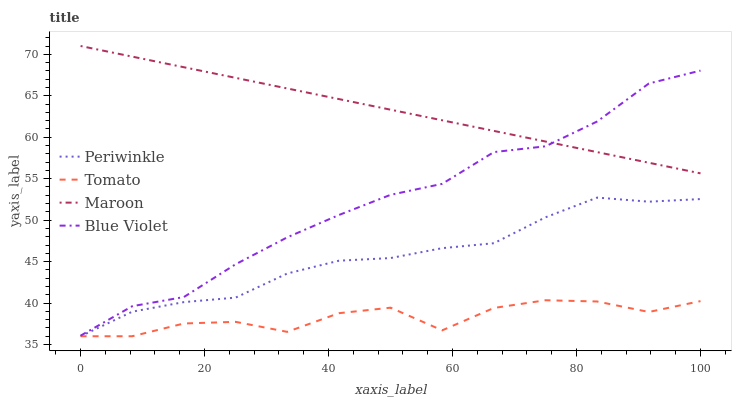
| xaxis_label | Periwinkle | Tomato | Maroon | Blue Violet |
 | --- | --- | --- | --- | --- |
 | 0 | 36 | 36 | 71 | 36.1 |
 | 8.33 | 39 | 36 | 69.7 | 39.6 |
 | 16.7 | 40.1 | 37.5 | 68.4 | 40.7 |
 | 25 | 40.7 | 37.7 | 67.2 | 44.7 |
 | 33.3 | 43.6 | 36.5 | 65.9 | 47.9 |
 | 41.7 | 45.1 | 38.8 | 64.6 | 50.6 |
 | 50 | 45.4 | 39.4 | 63.3 | 53.1 |
 | 58.3 | 46.6 | 36.7 | 62 | 54.4 |
 | 66.7 | 47.2 | 39.4 | 60.8 | 58.2 |
 | 75 | 50.3 | 40.3 | 59.5 | 58.9 |
 | 83.3 | 52.7 | 40.2 | 58.2 | 61.9 |
 | 91.7 | 52.2 | 38.9 | 56.9 | 66.5 |
 | 100 | 52.5 | 40.2 | 55.6 | 68 |